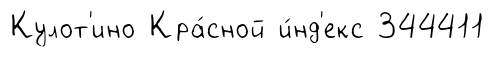
Кулот'ино Кра́сной и́нд'екс 344411